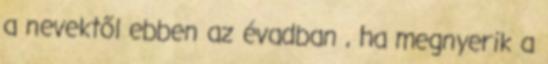
a nevektől ebben az évadban , ha megnyerik a